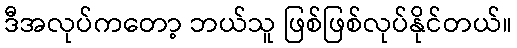
ဒီအလုပ်ကတော့ ဘယ်သူ ဖြစ်ဖြစ်လုပ်နိုင်တယ်။